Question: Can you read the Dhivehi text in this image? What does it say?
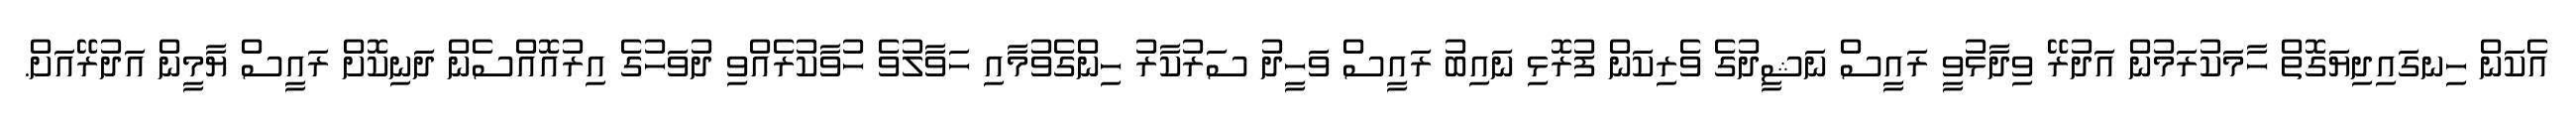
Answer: އެކަން ހިނގައިދިޔަގޮތް ހާމަކުރަމުން އަދުރޭ ވިދާޅުވީ ރައީސް ނަޝީދުގެ ވެރިކަން ފުރޮޅި ނައިބު ރައީސް ވަހީދު ސަރުކާރު ހިންގެވުމާއި ހަވާލުވެ ހުވާކުރެއްވި ދުވަހުގެ އިރުއޮއްސެން ދަނިކޮށް ރައީސް ޔާމީން އަދުރޭއަށް.